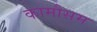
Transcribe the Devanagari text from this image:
कामौसम